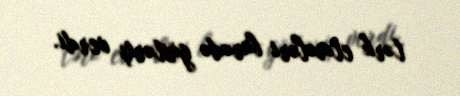
tərk etmələri barədə göstəriş verdi.